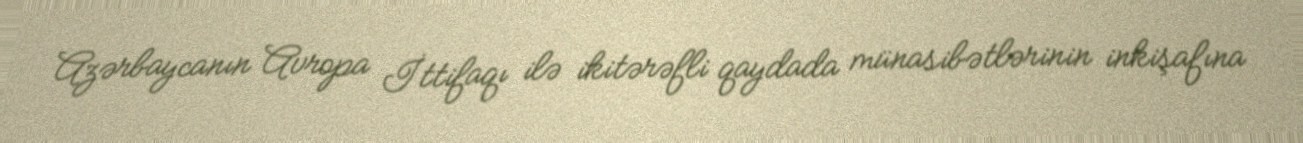
Azərbaycanın Avropa İttifaqı ilə ikitərəfli qaydada münasibətlərinin inkişafına